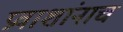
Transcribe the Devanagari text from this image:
प्रवाशांनाच